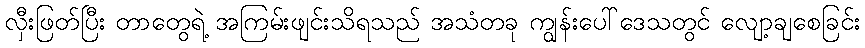
လှီးဖြတ်ပြီး တာတွေရဲ့ အကြမ်းဖျင်းသိရသည် အသံတခု ကျွန်းပေါ်ဒေသတွင် လျော့ချစေခြင်း